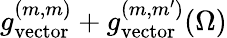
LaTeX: g_{\mathrm{vector}}^{(m,m)}+g_{\mathrm{vector}}^{(m,m^{\prime})}(\Omega)